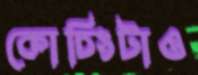
কোচিংটাও